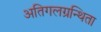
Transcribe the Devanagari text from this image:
अतिगलग्रन्थिता